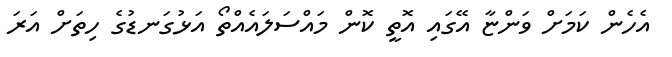
އެހެން ކަމަށް ވަންޏާ އޭގައި އޮތީ ކޮން މައްސަލައެއްތޯ އަޅުގަނޑުގެ ހިތަށް އަރަ